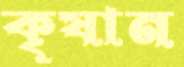
কৃষান